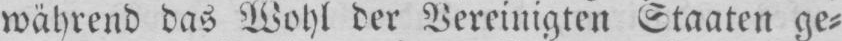
während das Wohl der Vereinigten Staaten ge⸗